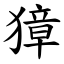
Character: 獐